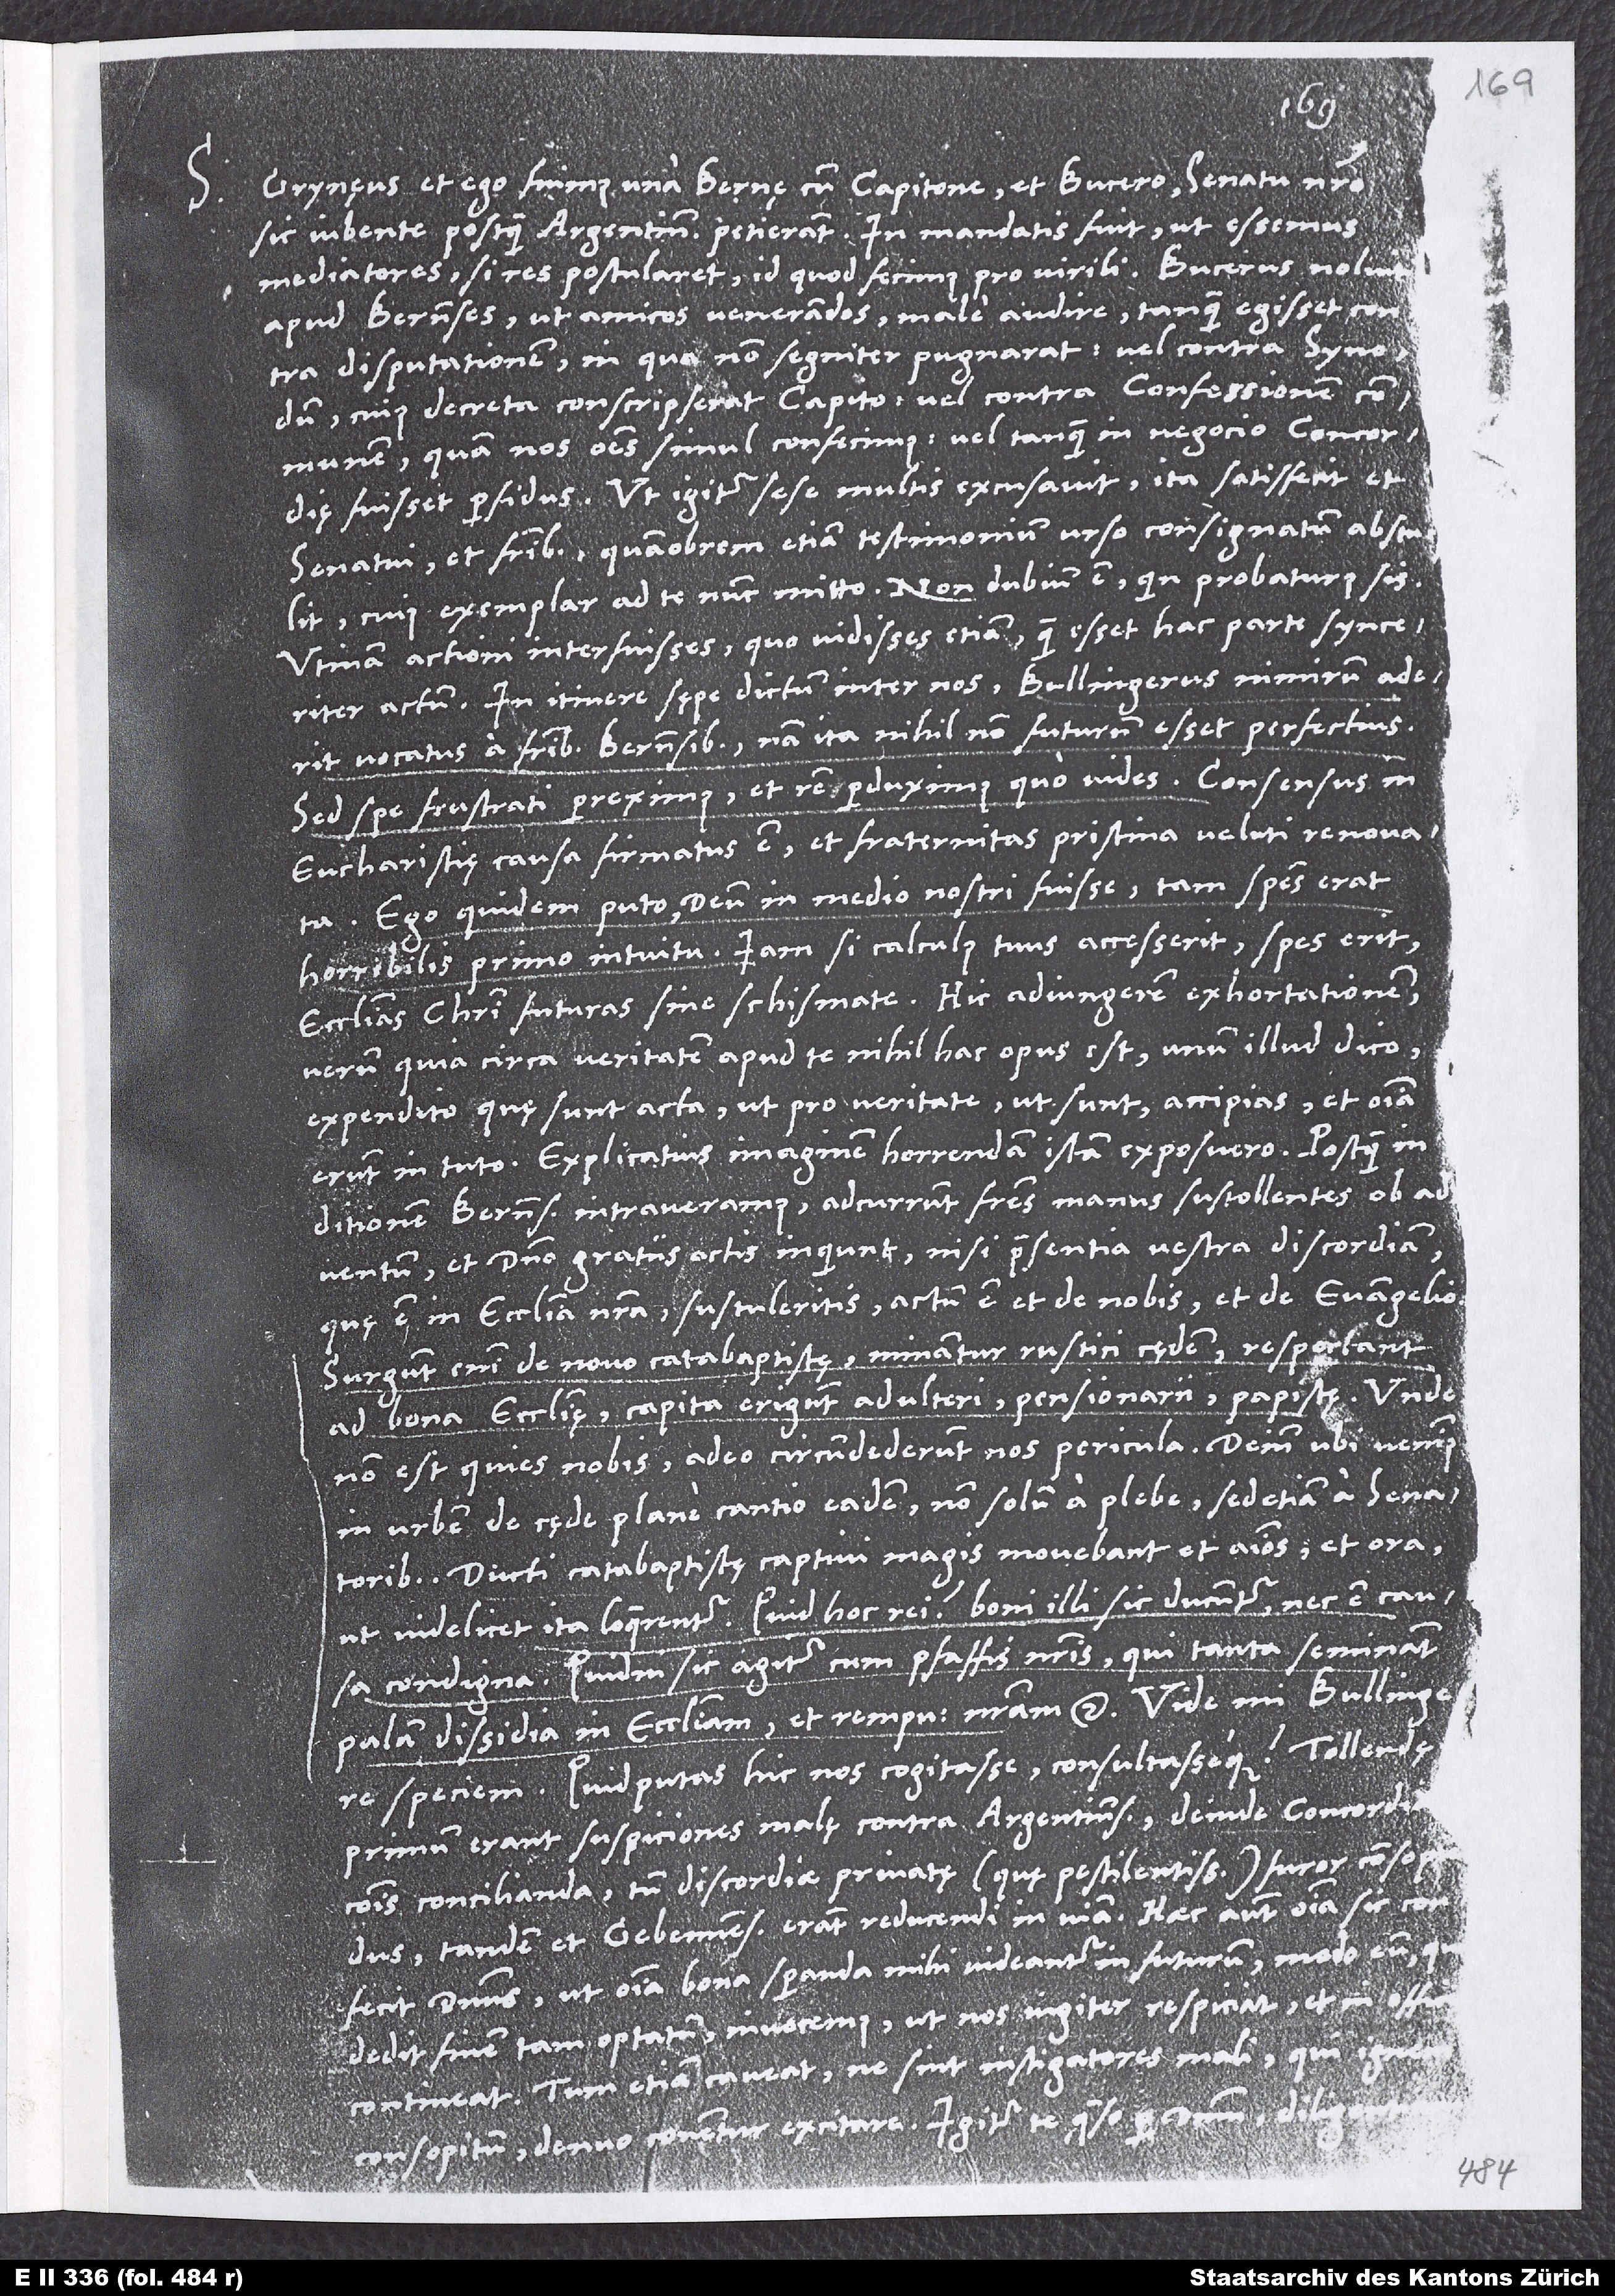
S.